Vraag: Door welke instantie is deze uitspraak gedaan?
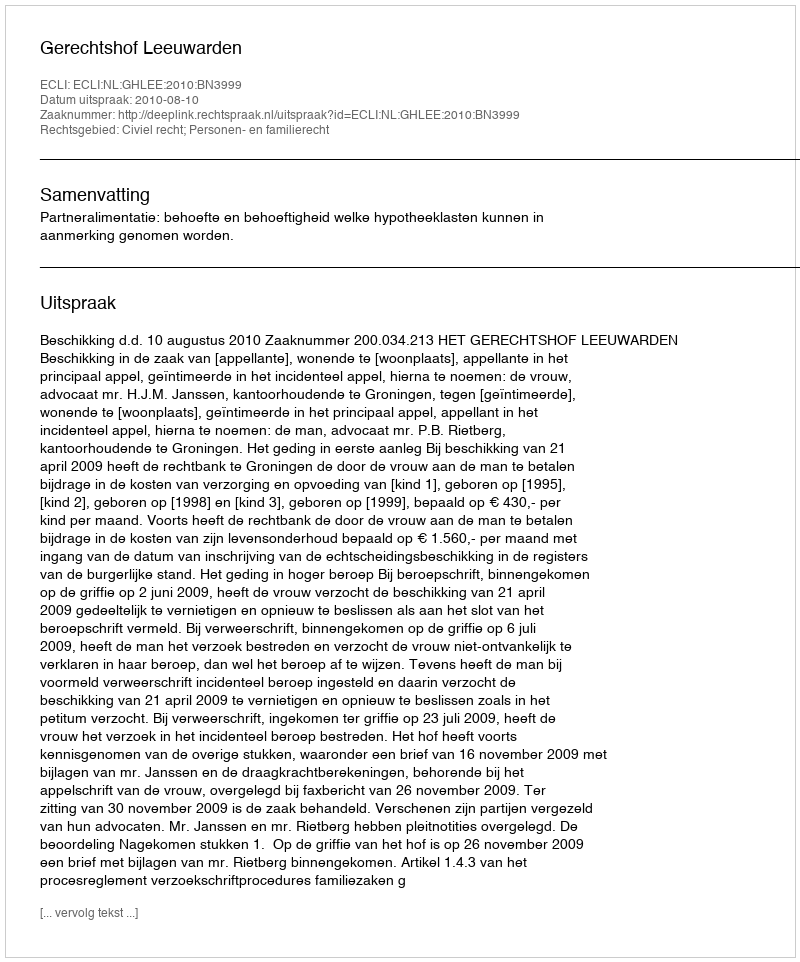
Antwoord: Gerechtshof Leeuwarden